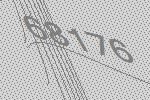
68176